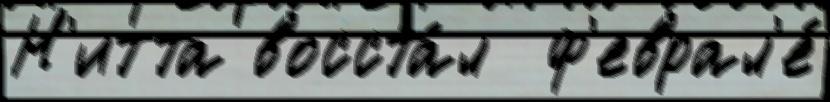
Н'итта восста́л  ф'еврал'е́